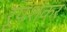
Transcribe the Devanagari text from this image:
रूपशंकर